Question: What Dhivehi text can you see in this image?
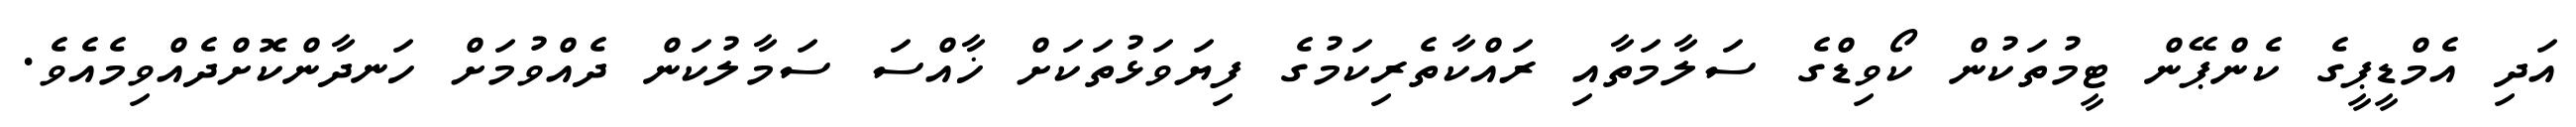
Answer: އަދި އެމްޑީޕީގެ ކެންޕޭން ޓީމުތަކުން ކޯވިޑްގެ ސަލާމަތާއި ރައްކާތެރިކަމުގެ ފިޔަވަޅުތަކަށް ޚާއްސަ ސަމާލުކަން ދެއްވުމަށް ހަނދާންކޮށްދެއްވިމެއެވެ.